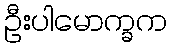
ဦးပါမောက္ခက